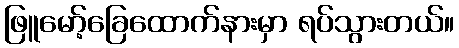
ဖြူမော့်ခြေထောက်နားမှာ ရပ်သွားတယ်။